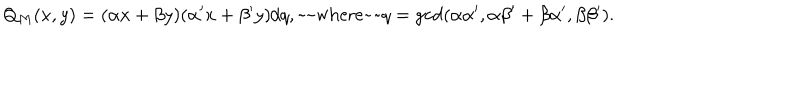
Q _ { M } ( x , y ) = ( \alpha x + \beta y ) ( \alpha ^ { \prime } x + \beta ^ { \prime } y ) / q , \mathrm { ~ ~ w h e r e ~ ~ } q = \gcd ( \alpha \alpha ^ { \prime } , \alpha \beta ^ { \prime } + \beta \alpha ^ { \prime } , \beta \beta ^ { \prime } ) .